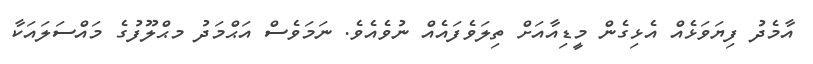
އާމެދު ފިޔަވަޅެއް އެޅިގެން މީޑިއާއަށް ތިލަވެފައެއް ނުވެއެވެ. ނަމަވެސް އަޙްމަދު މޙްލޫފުގެ މައްސަލައަކާ